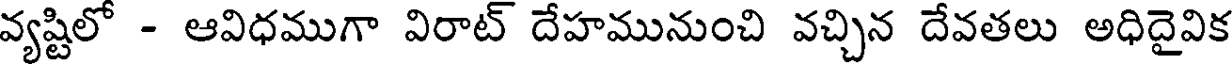
వ్యష్టిలో - ఆవిధముగా విరాట్ దేహమునుంచి వచ్చిన దేవతలు అధిదైవిక